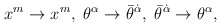
\begin{align*}x^m \rightarrow x^m, \ \theta^\alpha \rightarrow \bar\theta^{\dot\alpha},\ \bar\theta^{\dot\alpha} \rightarrow \theta^\alpha,\end{align*}